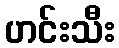
ဟင်းသီး